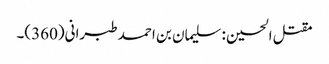
مقتل الحسین : سلیمان بن احمد طبرانی(360)۔